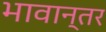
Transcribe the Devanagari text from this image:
भावान्तर